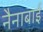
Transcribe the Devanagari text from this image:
नैनाबाई